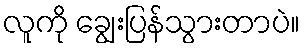
လူကို ချွေးပြန်သွားတာပဲ။